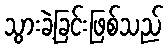
သွားခဲ့ခြင်းဖြစ်သည်